画像に写った文字を読んでください
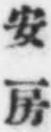
「安房」と書いてあります